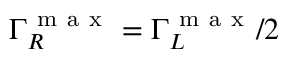
\Gamma _ { R } ^ { \mathrm { ~ m ~ a ~ x ~ } } = \Gamma _ { L } ^ { \mathrm { ~ m ~ a ~ x ~ } } / 2